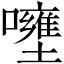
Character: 𡄐